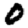
Digit: 0